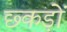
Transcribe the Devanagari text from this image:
छ्कड़ों